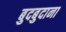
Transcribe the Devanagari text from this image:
बुदबुदाना